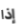
إذا